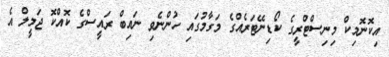
އިކޮނޮމިކް މިނިސްޓްރީގެ ކޯޑިނޭޓަރެއްގެ މަގާމުގައި ހުންނެވި ނައިބް ރައީސްގެ ކޮއްކޮ ޖަމީލް އެ